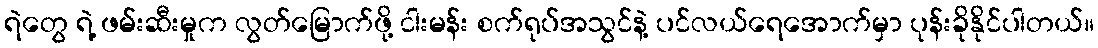
ရဲတွေ ရဲ့ ဖမ်းဆီးမှုက လွတ်မြောက်ဖို့ ငါးမန်း စက်ရုပ်အသွင်နဲ့ ပင်လယ်ရေအောက်မှာ ပုန်းခိုနိုင်ပါတယ်။